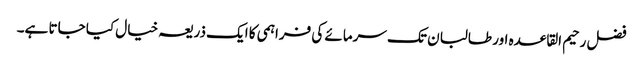
فضل رحیم القاعدہ اور طالبان تک سرمائے کی فراہمی کا ایک ذریعہ خیال کیا جاتا ہے۔